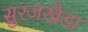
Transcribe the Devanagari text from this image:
सुरजखेडा